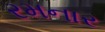
રમનાર